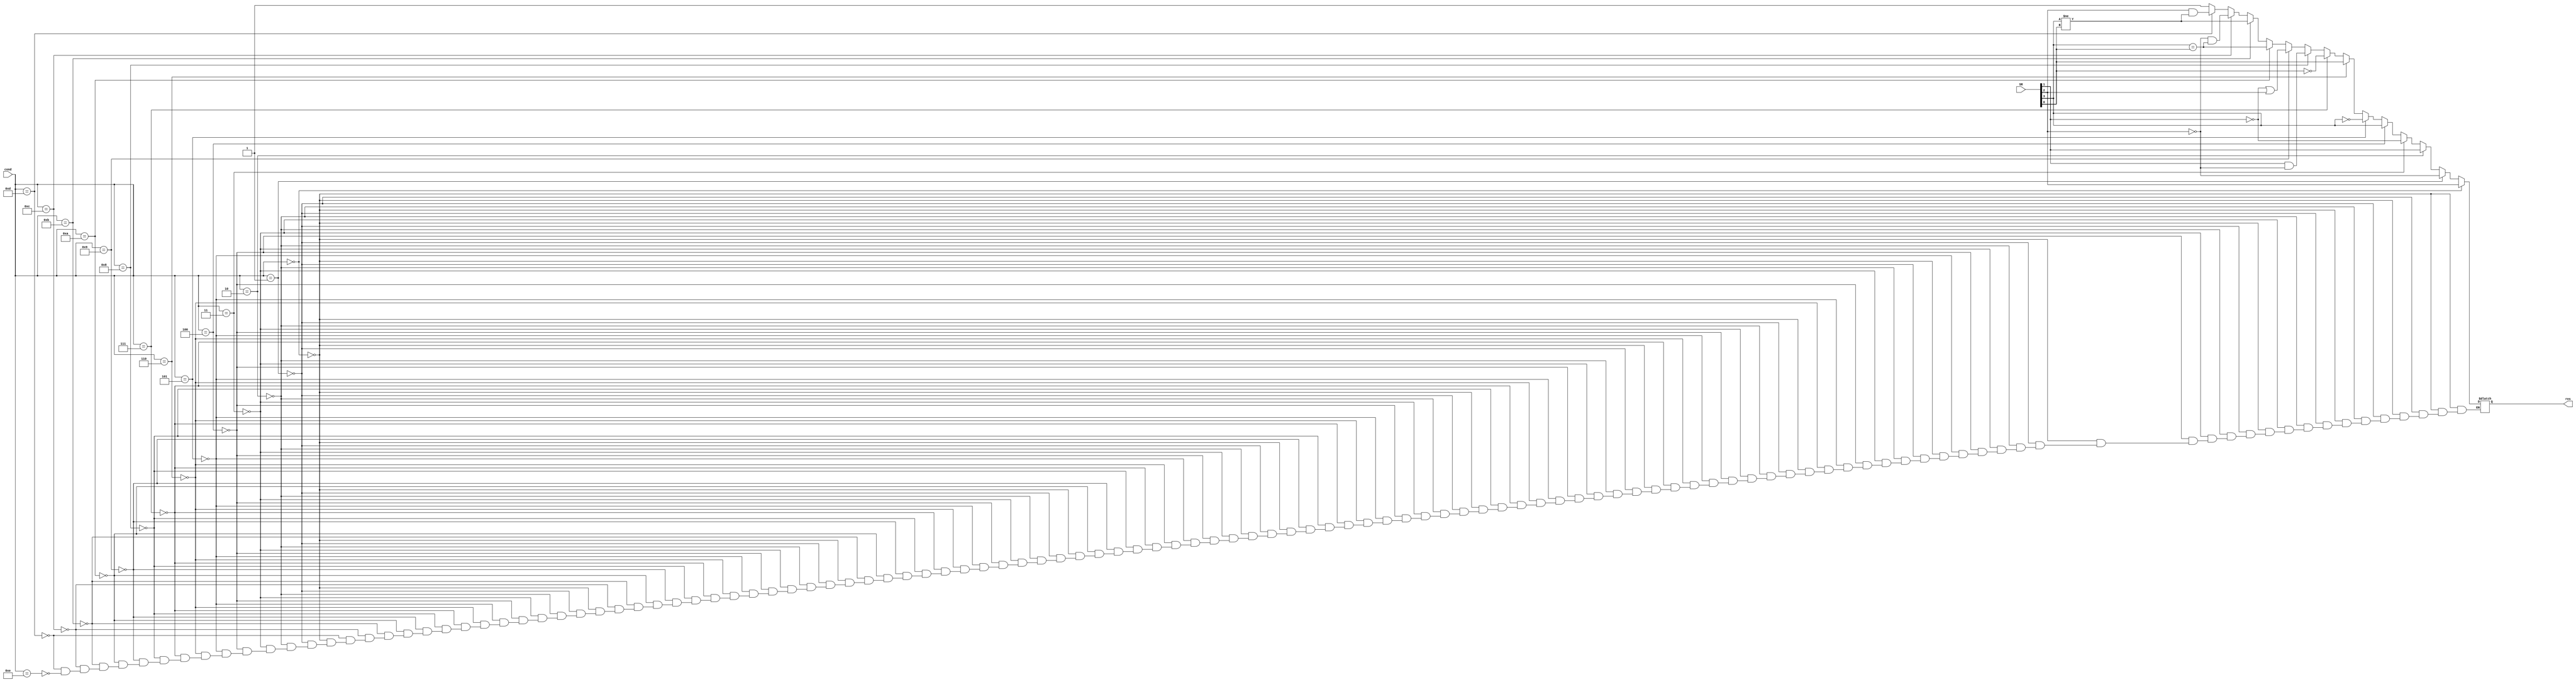
module ConditionCheck(input [3:0] cond,SR,output reg res);
  
  assign {n,z,c,v}=SR;
  
  always@(*)begin
    if(cond==4'd0)        res=z;
    else if(cond==4'd1)   res=!z;
    else if(cond==4'd2)   res=c;
    else if(cond==4'd3)   res=!c;
    else if(cond==4'd4)   res=n;
    else if(cond==4'd5)   res=!n;
    else if(cond==4'd6)   res=v;
    else if(cond==4'd7)   res=!v;
    else if(cond==4'd8)   res=c&!z;
    else if(cond==4'd9)   res=!c|z;
    else if(cond==4'd10)  res=(n==v);
    else if(cond==4'd11)  res=(n!=v);
    else if(cond==4'd12)  res=!z &(n==v);
    else if(cond==4'd13)  res=z&(n!=v);
    else if(cond==4'd14)  res=1'b1;
  end  
endmodule